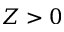
Z > 0